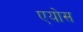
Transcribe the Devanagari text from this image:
एयोस